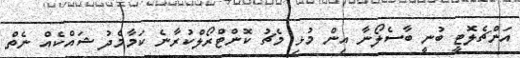
އަންޗެލޮޓީ ބުނީ ބާސެލޯނާ އިން މުޅި މެޗު ކޮންޓްރޯލްކުރާނެ ކަމާމެދު ޝައްކެއް ނެތް